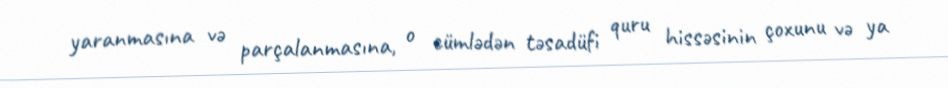
yaranmasına və parçalanmasına, o cümlədən təsadüfi quru hissəsinin çoxunu və ya